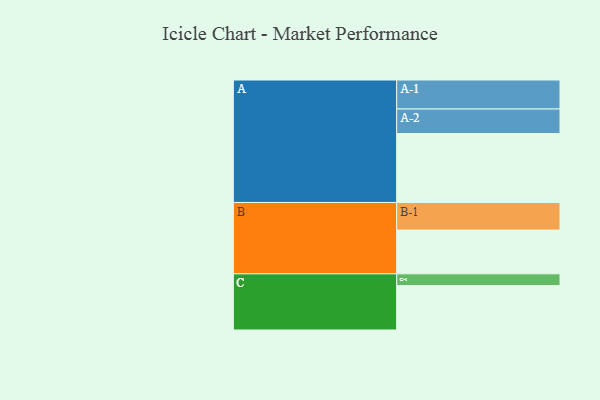
{"axis": {"x": "Segment", "y": "Value"}, "legend": ["", "A", "B", "C"], "data": [{"x": "A", "y": 599, "type": ""}, {"x": "B", "y": 380, "type": ""}, {"x": "C", "y": 386, "type": ""}, {"x": "A-1", "y": 252, "type": "A"}, {"x": "A-2", "y": 213, "type": "A"}, {"x": "B-1", "y": 240, "type": "B"}, {"x": "C-1", "y": 102, "type": "C"}]}